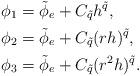
LaTeX: \begin{align*} \phi_1 &= \Tilde{\phi}_{e} + C_{\Tilde{q}} h^{\Tilde{q}}, \\ \phi_2 &= \Tilde{\phi}_{e} + C_{\Tilde{q}} (r h)^{\Tilde{q}}, \\ \phi_3 &= \Tilde{\phi}_{e} + C_{\Tilde{q}} (r^2 h)^{\Tilde{q}}.\end{align*}